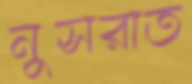
নুসরাত